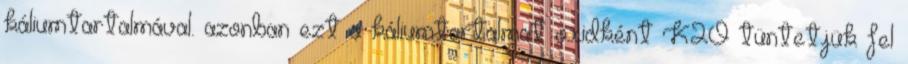
káliumtartalmával. azonban ezt a káliumtartalmat oxidként K2O tüntetjük fel